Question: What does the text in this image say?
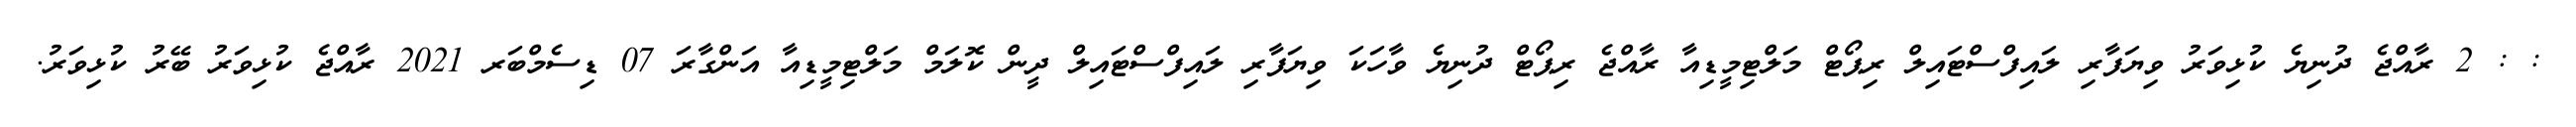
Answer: : : 2 ރާއްޖެ ދުނިޔެ ކުޅިވަރު ވިޔަފާރި ލައިފްސްޓައިލް ރިޕޯޓް މަލްޓިމީޑިއާ ރާއްޖެ ރިޕޯޓް ދުނިޔެ ވާހަކަ ވިޔަފާރި ލައިފްސްޓައިލް ދީން ކޮލަމް މަލްޓިމީޑިއާ އަންގާރަ 07 ޑިސެމްބަރ 2021 ރާއްޖެ ކުޅިވަރު ބޭރު ކުޅިވަރު.